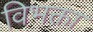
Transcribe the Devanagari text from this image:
विभक्ता